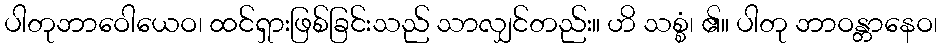
ပါတုဘာဝေါယေဝ၊ ထင်ရှားဖြစ်ခြင်းသည် သာလျှင်တည်း။ ဟိ သစ္စံ၊ ၏။ ပါတု ဘာဝန္တာနေဝ၊